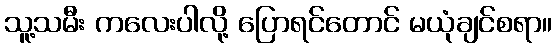
သူ့သမီး ကလေးပါလို့ ပြောရင်တောင် မယုံချင်စရာ။